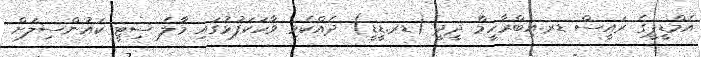
އެމްޑީޕީގެ ރައީސް ޑރ.އިބްރާހީމް ދީދީ (ޑރ.ޑީޑީ) ދެއްކެވި ވާހަކަފުޅުގައި މާލެ ސިޓީ ކައުންސިލަށް